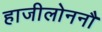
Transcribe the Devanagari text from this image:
हाजीलोननौ